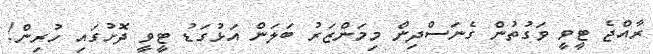
ރާއްޖެ ޓީވީ ވަގުތުން ގެނަސްދިން މިމަންޒަރު ބަލަން އަޅުގަޑު ޓީވީ ދޮށުގައި ހުރިން!